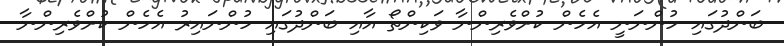
ބަންދުގައި ހުންނަނީ އެހެން ކުށްވެރިންނާ ވަކިންތޯ އާއި ބަންދުގައި ހުންނައިރު އެހެން ކުށްވެރިންނާ